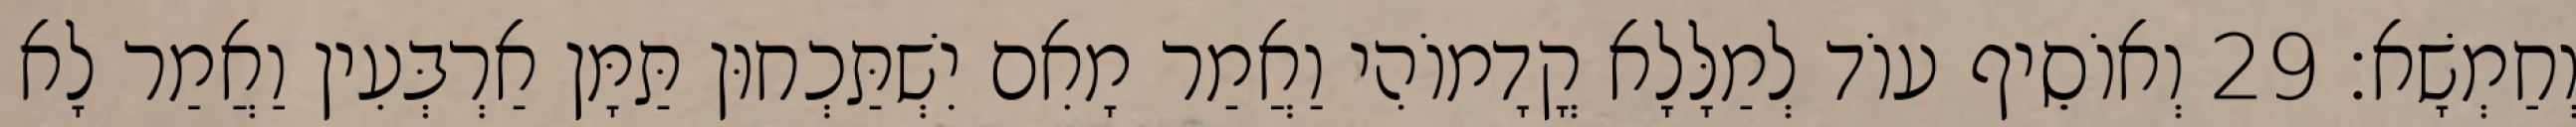
וְחַמְשָׁא׃ 29 וְאוֹסֵיף עוֹד לְמַלָּלָא קֳדָמוֹהִי וַאֲמַר מָאִם יִשְׁתַּכְחוּן תַּמָּן אַרְבְּעִין וַאֲמַר לָא